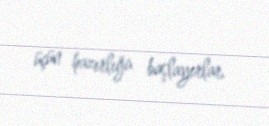
üçün hazırlığa başlayırlar.